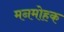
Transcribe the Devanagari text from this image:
मनमोहक